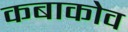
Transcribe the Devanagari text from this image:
कबाकोव